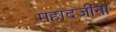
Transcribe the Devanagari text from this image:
महादजींना